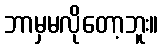
ဘာမှမလိုတော့ဘူး။